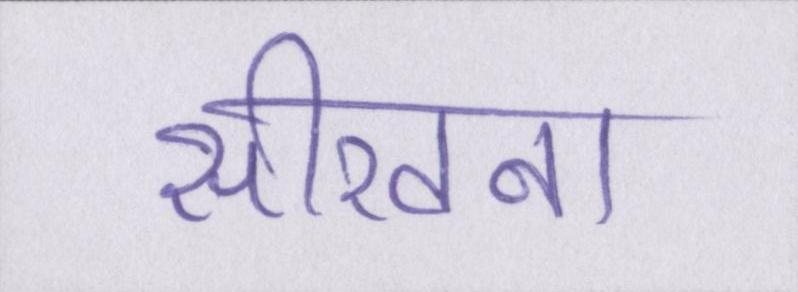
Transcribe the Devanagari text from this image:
सीखना